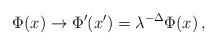
LaTeX: \begin{align*}\Phi(x)\rightarrow \Phi'(x')=\lambda^{-\Delta}\Phi(x) \,,\end{align*}